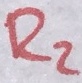
Text: R2